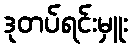
ဒုတပ်ရင်းမှူး